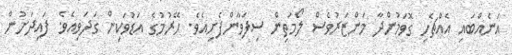
އަނެއްބައި އެއްޗެހި ގޮވަމުންދާ މަންޒަރުވެސް ލޯމަތިން ސިފަވާންފެށިއެވެ. ހޭރުމުގެ އަޑުވަކިން ގަދަވިއެވެ. ފައިދަށުން